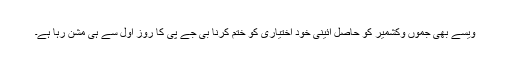
ویسے بھی جموں وکشمیر کو حاصل آئینی خود اختیاری کو ختم کرنا بی جے پی کا روز اول سے ہی مشن رہا ہے۔